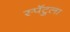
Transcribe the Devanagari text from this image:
स्पॅटुला